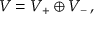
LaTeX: V = V _ { + } \oplus V _ { - } \, ,